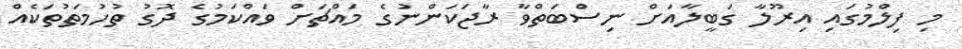
މި ފިލްމުގައި އިރޫލާ ގަބީލާއަށް ނިސްބަތްވާ ރާޖަކަންނުގެ މައްޗަށް ވައްކަމުގެ ދޮގު ތުހުމަތުތަކެއް